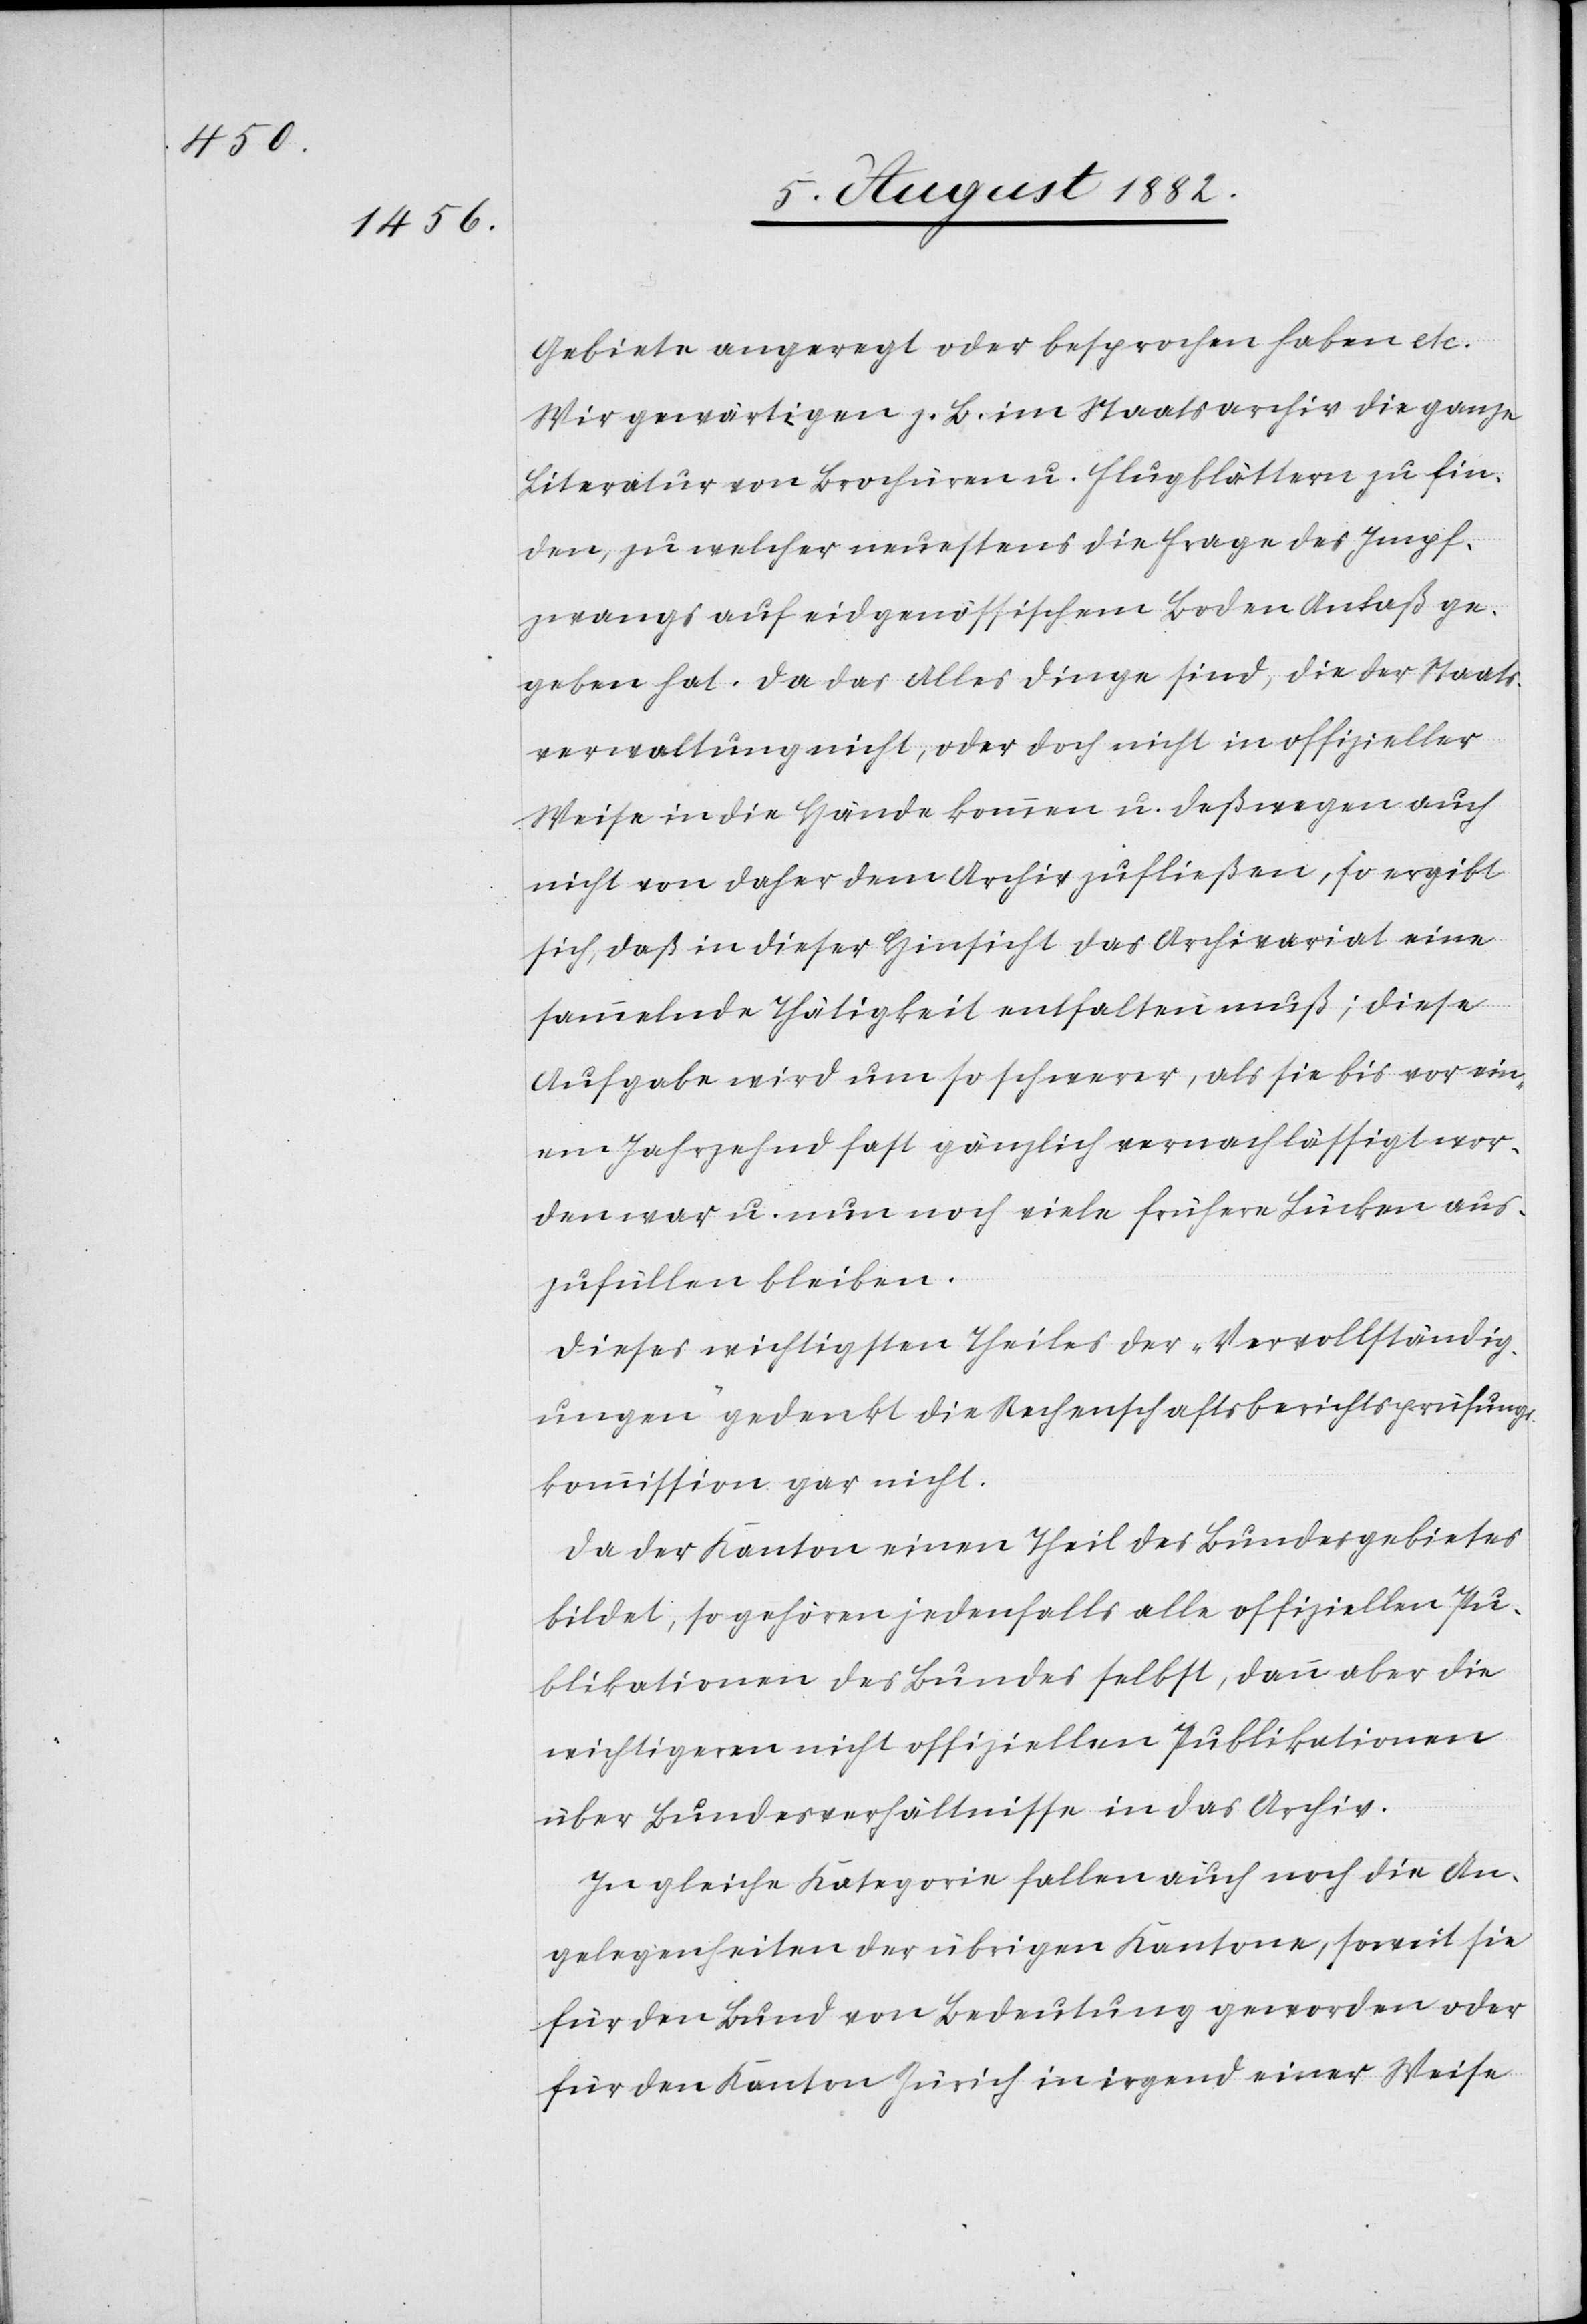
Gebiete angeregt oder besprochen haben etc.
Wir gewärtigen z. B. im Staatsarchiv die ganze
Literatur von Brochüren u. Flugblättern zu fin¬
den, zu welcher neuestens die Frage des Impf¬
zwangs auf eidgenössischem Boden Anlaß ge¬
geben hat. Da das Alles Dinge sind, die der Staats¬
verwaltung nicht, oder doch nicht in offizieller
Weise in die Hände kommen u. deßwegen auch
nicht von daher dem Archiv zufließen, so ergibt
sich, daß in dieser Hinsicht das Archivariat eine
sammelnde Thätigkeit entfalten muß; diese
Aufgabe wird um so schwerer, als sie bis vor ein¬
em Jahrzehnd fast gänzlich vernachlässigt wor¬
den war u. nun noch viele frühere Lücken aus¬
zufüllen bleiben.
Dieses wichtigsten Theiles der „Vervollständig¬
ungen“ gedenkt die Rechenschaftsberichtsprüfungs¬
kommission gar nicht.
Da der Kanton einen Theil des Bundesgebietes
bildet, so gehören jedenfalls alle offiziellen Pu¬
blikationen des Bundes selbst, dann aber die
wichtigeren nicht offiziellen Publikationen
über Bundesverhältnisse in das Archiv.
In gleiche Kategorie fallen auch noch die An¬
gelegenheiten der übrigen Kantone, soweit sie
für den Bund von Bedeutung geworden oder
für den Kanton Zürich in irgend einer Weise